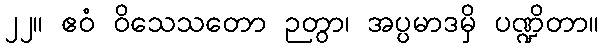
၂၂။ ဧဝံ ဝိသေသတော ဉတွာ၊ အပ္ပမာဒမှိ ပဏ္ဍိတာ။